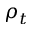
\rho _ { t }